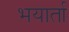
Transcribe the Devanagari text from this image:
भयार्ता